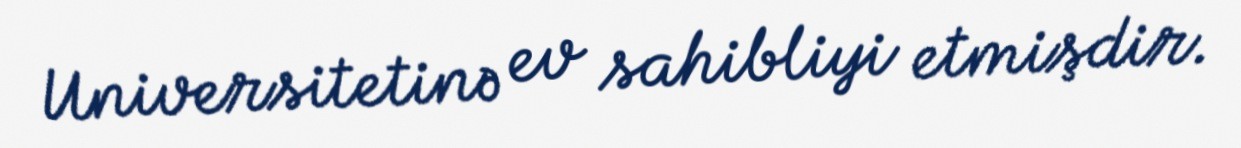
Universitetinə ev sahibliyi etmişdir.